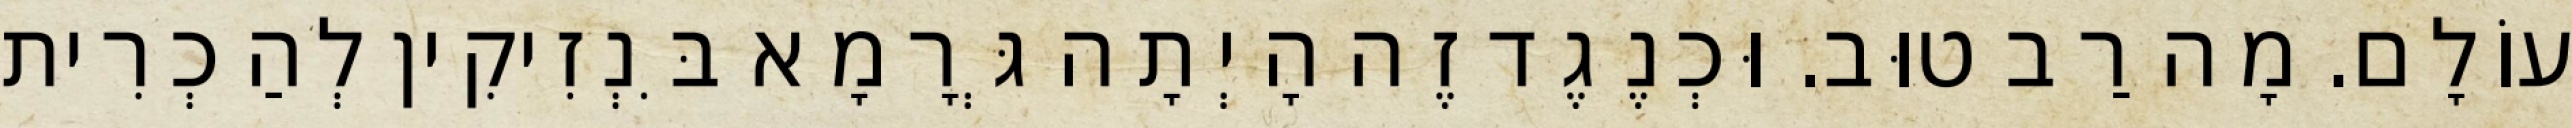
עוֹלָם. מָה רַב טוּב. וּכְנֶגֶד זֶה הָיְתָה גְּרָמָא בִּנְזִיקִין לְהַכְרִית